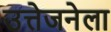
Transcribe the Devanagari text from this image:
उत्तेजनेला